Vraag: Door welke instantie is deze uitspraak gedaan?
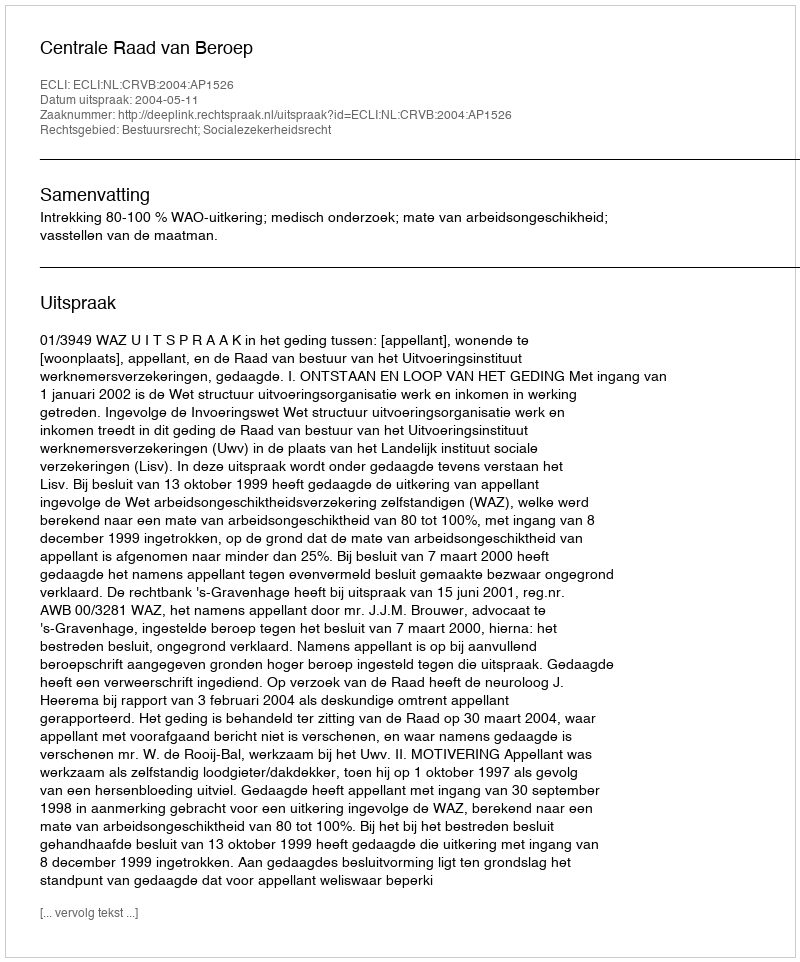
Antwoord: Centrale Raad van Beroep